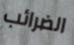
الضرائب